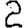
Digit: 2